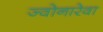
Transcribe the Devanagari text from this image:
ज्वोनारेवा